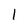
Character: 1